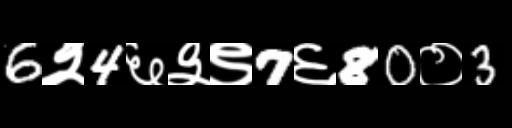
Text: 6२4६३९7६80०3